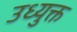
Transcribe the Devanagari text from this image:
उध्युक्त